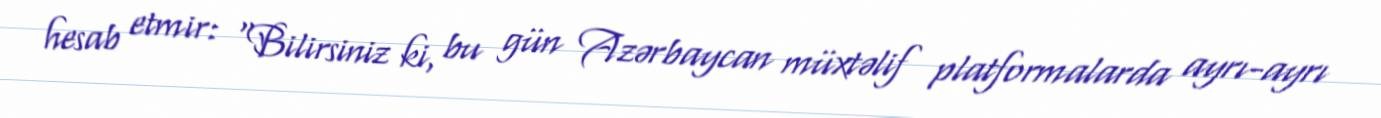
hesab etmir: “Bilirsiniz ki, bu gün Azərbaycan müxtəlif platformalarda ayrı-ayrı